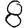
Digit: 8